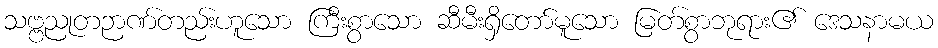
သဗ္ဗညုတဉာဏ်တည်းဟူသော ကြီးစွာသော ဆီမီးရှိတော်မူသော မြတ်စွာဘုရား၏ ဒေသနာမယ